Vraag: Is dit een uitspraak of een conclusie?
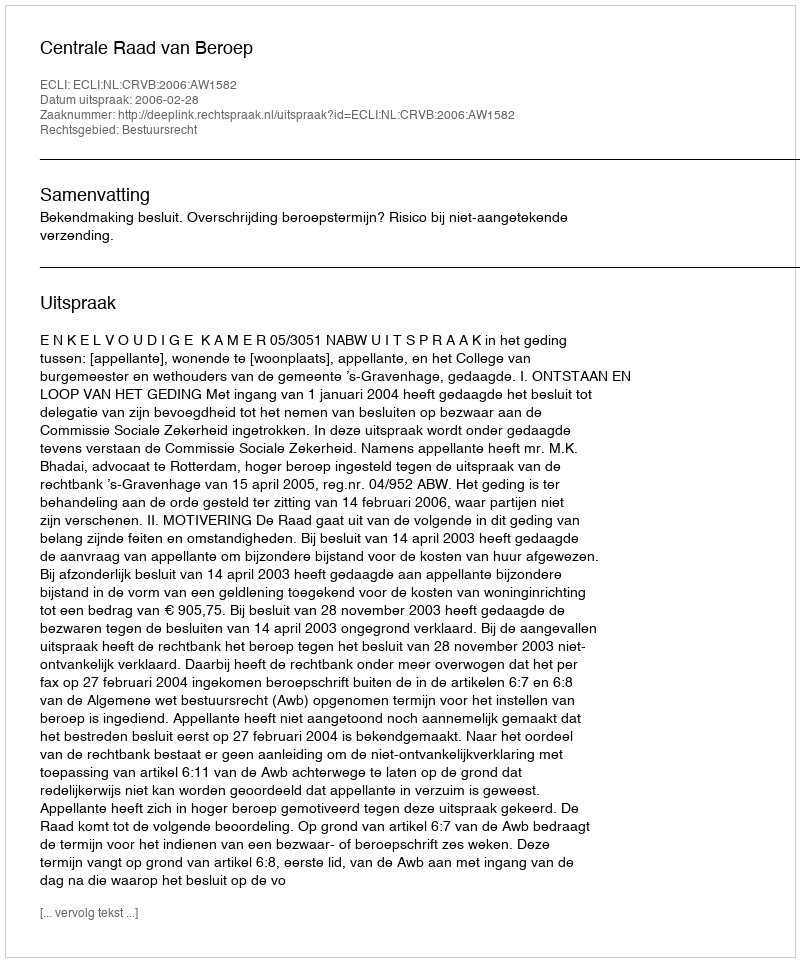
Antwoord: Uitspraak